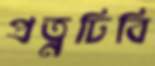
প্রত্নঢিবি